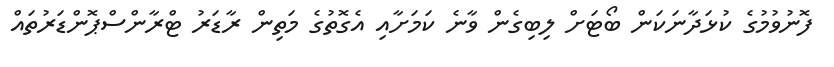
ފޮނުވުމުގެ ކުޅަދާނަކަން ބޯޓަށް ލިބިގެން ވާނެ ކަމަށާއި އެގޮތުގެ މަތިން ރާޑަރު ޓްރާންސްޕޮންޑަރުތައް